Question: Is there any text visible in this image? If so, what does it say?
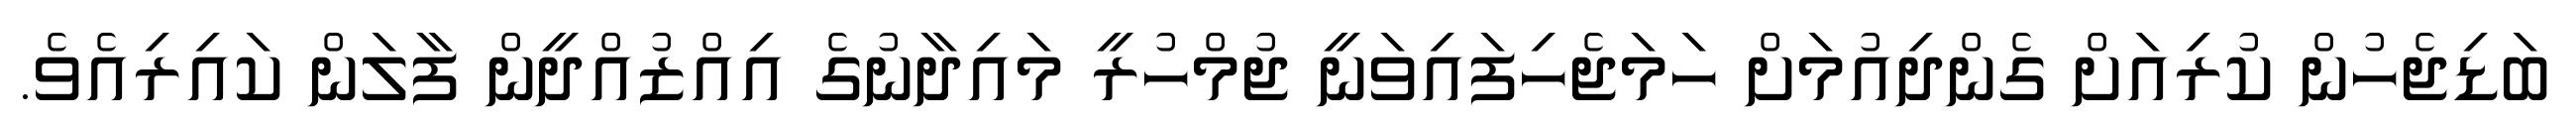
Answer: ބަޑިޖެހުން ކުރިއަށް ގެންދިއުމަށް ހަމަޖެހިފައިވަނީ ޖުމްހުރީ މައިދާނުގެ އިއްޒުއްދީން ފާލަން ކައިރިއެވެ.